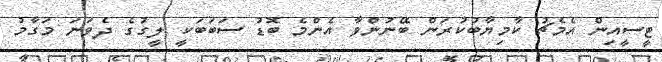
ޓީސީއިން އެމެޗު ކާމިޔާބުކުރަން ބޭނުންވާ އެންމެ ބޮޑު ސަބަބަކީ ލީގުގެ ދެވަނަ މަގާމު